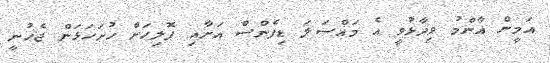
އަމީން އާންމު ވިދާޅުވީ އެ މައްސަލަ ޑިފެންސް އަށާއި ޕޮލިހަށް ހުށަހަޅަން ޖެހުނީ